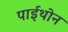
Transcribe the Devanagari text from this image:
पाईथोन